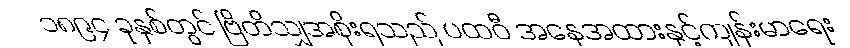
၁၈၉၄ ခုနှစ်တွင် ဗြိတိသျှအစိုးရသည် ပထဝီ အနေအထားနှင့်ကျန်းမာရေး